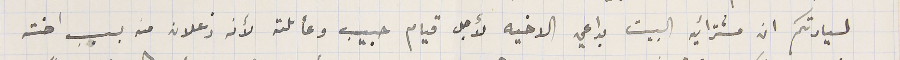
لسيادتكم ان مشترائيه البيت بداعي الاخيه لأجل قيام حبيب وعائلته لأنه زعلان منه بسبب اخته